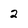
Character: 2